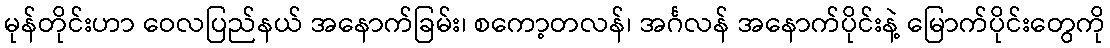
မုန်တိုင်းဟာ ဝေလပြည်နယ် အနောက်ခြမ်း၊ စကော့တလန်၊ အင်္ဂလန် အနောက်ပိုင်းနဲ့ မြောက်ပိုင်းတွေကို